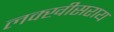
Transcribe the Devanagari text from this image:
लक्‍खीसराय